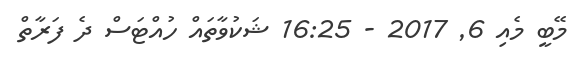
މޭބީ މެއި 6